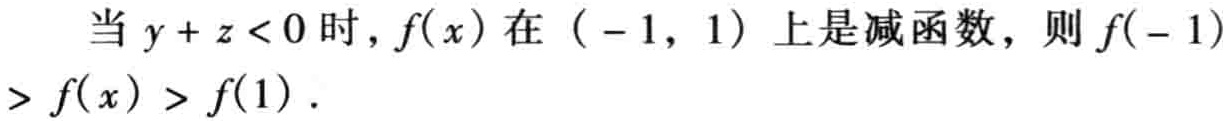
当 \(y + z < 0\) 时，\(f(x)\) 在 \(( - 1,1)\) 上是减函数，则 \(f( - 1)> f(x)> f(1)\) .